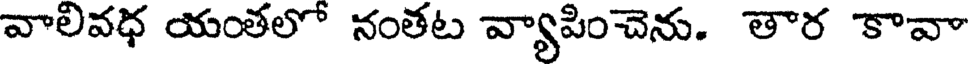
వాలివధ యంతలో నంతట వ్యాపించెను. తార కావా